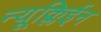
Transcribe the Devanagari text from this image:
न्यूक्लिईन